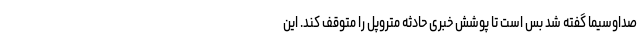
صداوسیما گفته شد بس است تا پوشش خبری حادثه متروپل را متوقف کند. این